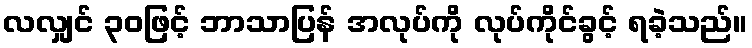
လလျှင် ၃၀ဖြင့် ဘာသာပြန် အလုပ်ကို လုပ်ကိုင်ခွင့် ရခဲ့သည်။